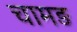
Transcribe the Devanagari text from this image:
चामङ